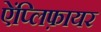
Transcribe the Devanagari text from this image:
ऐंप्लिफ़ायर